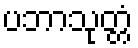
ပဘာသုတ္တံ